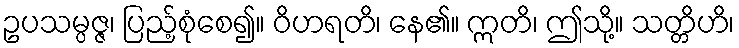
ဥပသမ္ပဇ္ဇ၊ ပြည့်စုံစေ၍။ ဝိဟရတိ၊ နေ၏။ ဣတိ၊ ဤသို့။ သတ္တိဟိ၊